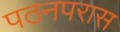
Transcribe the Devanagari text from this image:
पठनपरास